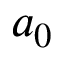
a _ { 0 }